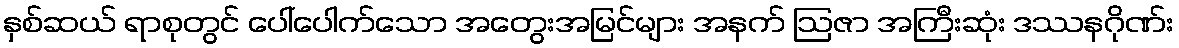
နှစ်ဆယ် ရာစုတွင် ပေါ်ပေါက်သော အတွေးအမြင်များ အနက် ဩဇာ အကြီးဆုံး ဒဿနဂိုဏ်း